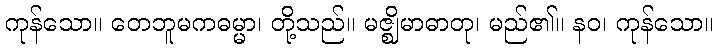
ကုန်သော။ တေဘူမကဓမ္မာ၊ တို့သည်။ မဇ္ဈိမာဓာတု၊ မည်၏။ နဝ၊ ကုန်သော။